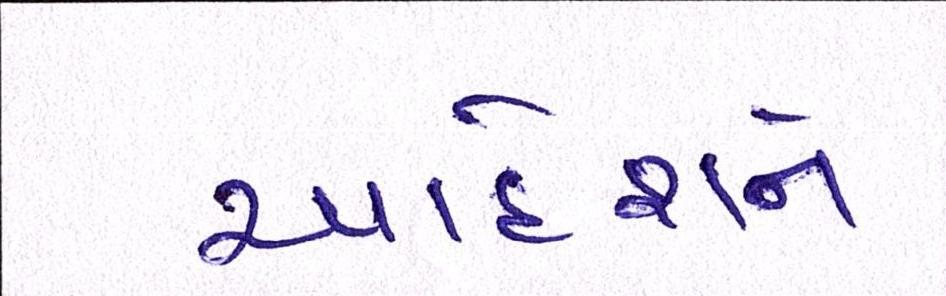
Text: આદેશને